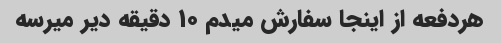
هردفعه از اینجا سفارش میدم ۱۰ دقیقه دیر میرسه